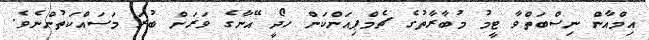
އިމްއާން ނިސްބަތްވާ ޓީމު މުބާރާތުގެ ޗެމްޕިއަންކަން ހޯދީ އޭނާގެ ވަރަށް ބުރަ މަސައްކަތުންނެވެ.